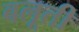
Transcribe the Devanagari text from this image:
बलूती